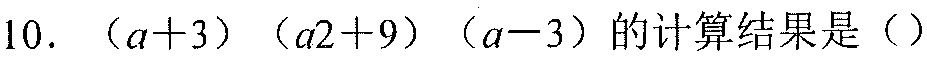
10. \((a + 3)(a^{2}+9)(a - 3)\)的计算结果是（）